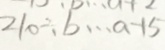
2 1 0 \div b \cdots a + 5